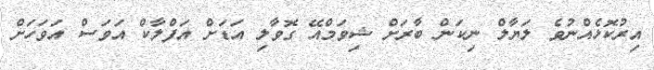
އިރުކޮޅެއްނުވެ ލަޔާލް ނިކަން ބާރަށް ޝިވަމްއޭ ގޮވާލި އަޑަށް އަފްލާކް އަވަސް އަވަހަށް